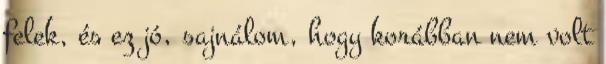
felek, és ez jó, sajnálom, hogy korábban nem volt